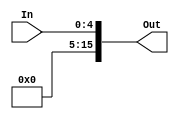
/********************************************************************************************************
/		MODULE: Bit8_ZExt
/		PURPOSE: Given a 5 bit input sign extend it up to 16 bits
/
/		INPUTS: In[4:0] - Input to sign extend
/
/		OUTPUTS: Out[15:0] - Signed Extended output
********************************************************************************************************/
module Bits5_ZExt(In, Out);

	input [4:0] In;
	
	output [15:0] Out;

	assign Out = {{11{1'b0}}, In[4:0]};	
endmodule